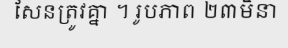
សែនត្រូវគ្នា ។ រូបភាព ២៣មិនា